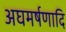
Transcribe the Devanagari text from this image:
अघमर्षणादि